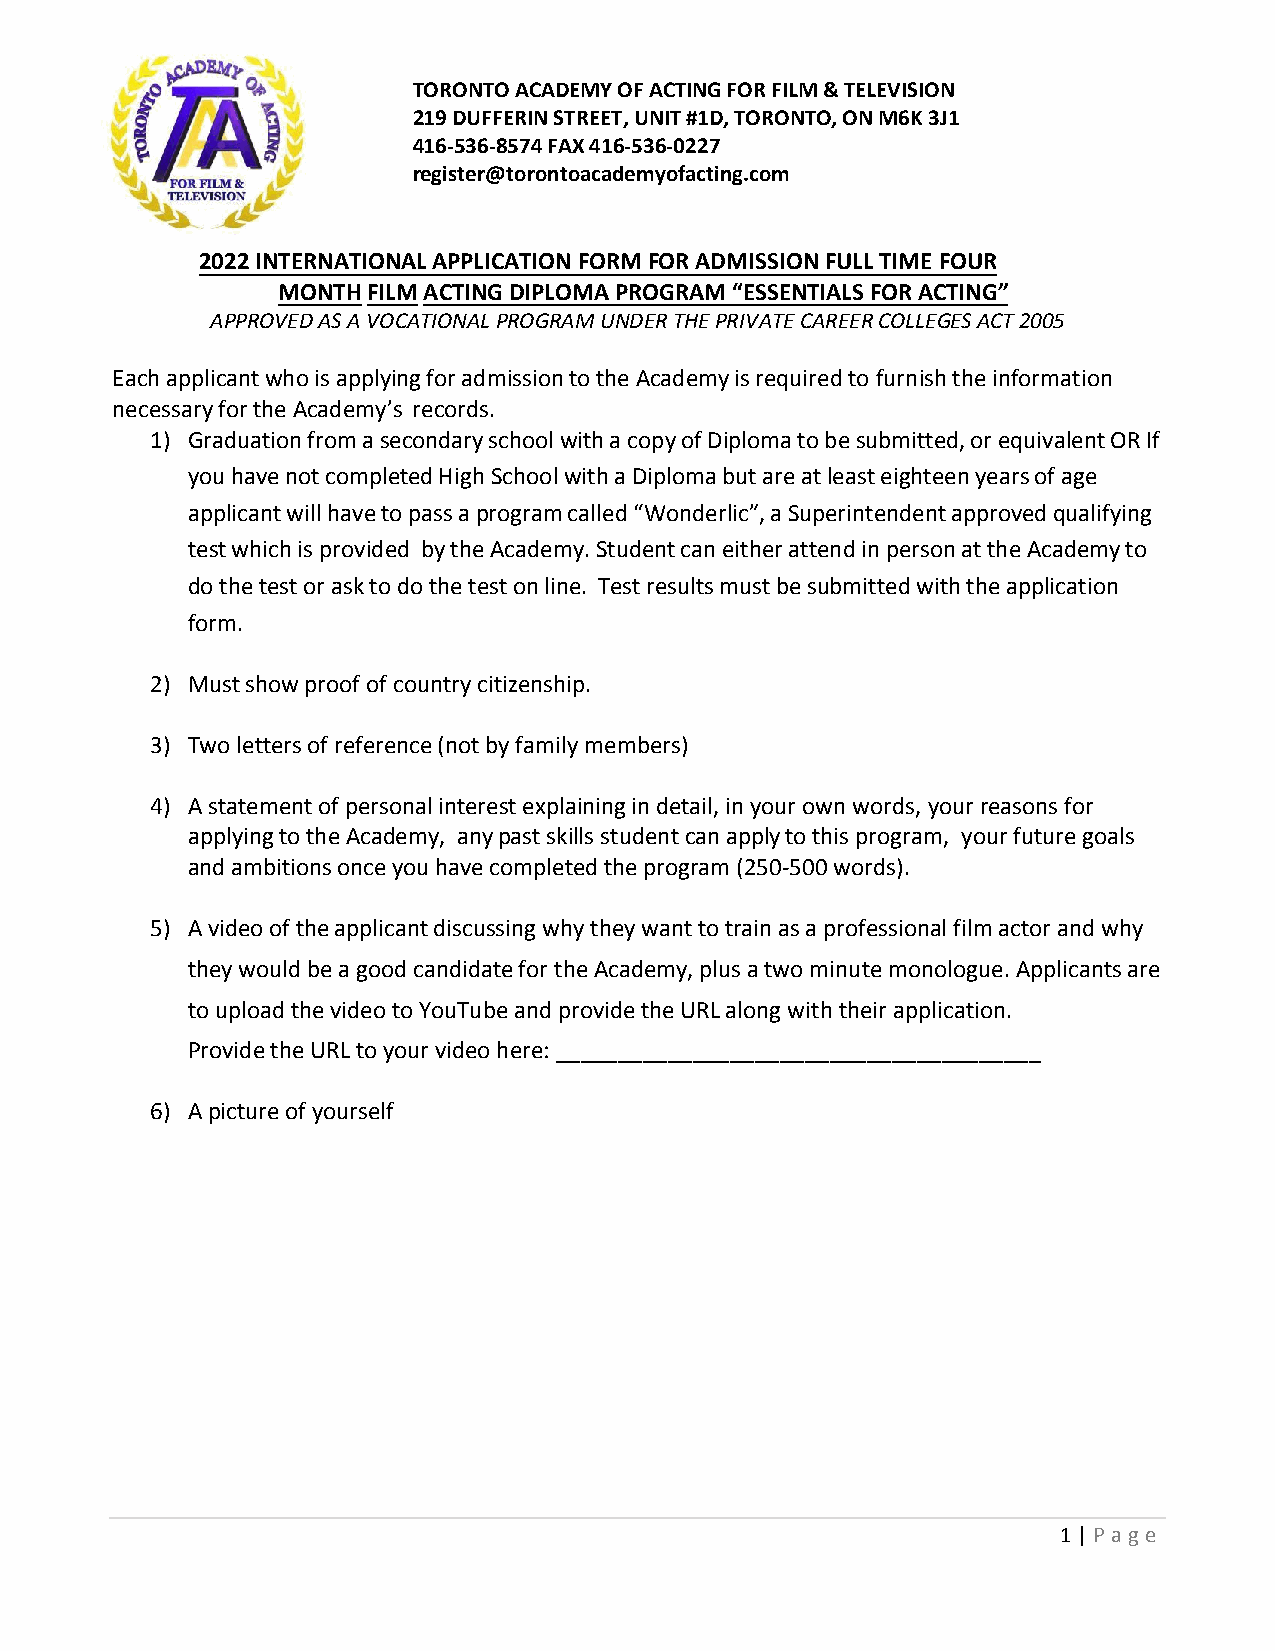
TORONTO ACADEMY OF ACTING FOR FILM & TELEVISION
 219 DUFFERIN STREET, UNIT #1D, TORONTO, ON M6K 3J1
 416-536-8574 FAX 416-536-0227
 register@torontoacademyofacting.com
 2022 INTERNATIONAL APPLICATION FORM FOR ADMISSION FULL TIME FOUR
 MONTH FILM ACTING DIPLOMA PROGRAM “ESSENTIALS FOR ACTING”
 APPROVED AS A VOCATIONAL PROGRAM UNDER THE PRIVATE CAREER COLLEGES ACT 2005
 Each applicant who is applying for admission to the Academy is required to furnish the information
 necessary for the Academy’s records.
 1) Graduation from a secondary school with a copy of Diploma to be submitted, or equivalent OR If
 you have not completed High School with a Diploma but are at least eighteen years of age
 applicant will have to pass a program called “Wonderlic”, a Superintendent approved qualifying
 test which is provided by the Academy. Student can either attend in person at the Academy to
 do the test or ask to do the test on line. Test results must be submitted with the application
 form.
 2) Must show proof of country citizenship.
 3) Two letters of reference (not by family members)
 4) A statement of personal interest explaining in detail, in your own words, your reasons for
 applying to the Academy, any past skills student can apply to this program, your future goals
 and ambitions once you have completed the program (250-500 words).
 5) A video of the applicant discussing why they want to train as a professional film actor and why
 they would be a good candidate for the Academy, plus a two minute monologue. Applicants are
 to upload the video to YouTube and provide the URL along with their application.
 Provide the URL to your video here: _______________________________________
 6) A picture of yourself
 1 | P age